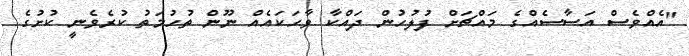
"އެއްވެސް އަސާސެއްގެ މައްޗަށް ފުލުހުން ދައްކާ ވާހަކައެއް ނޫން ތުހުމަތު ކުރެވެނީ ކުށުގެ